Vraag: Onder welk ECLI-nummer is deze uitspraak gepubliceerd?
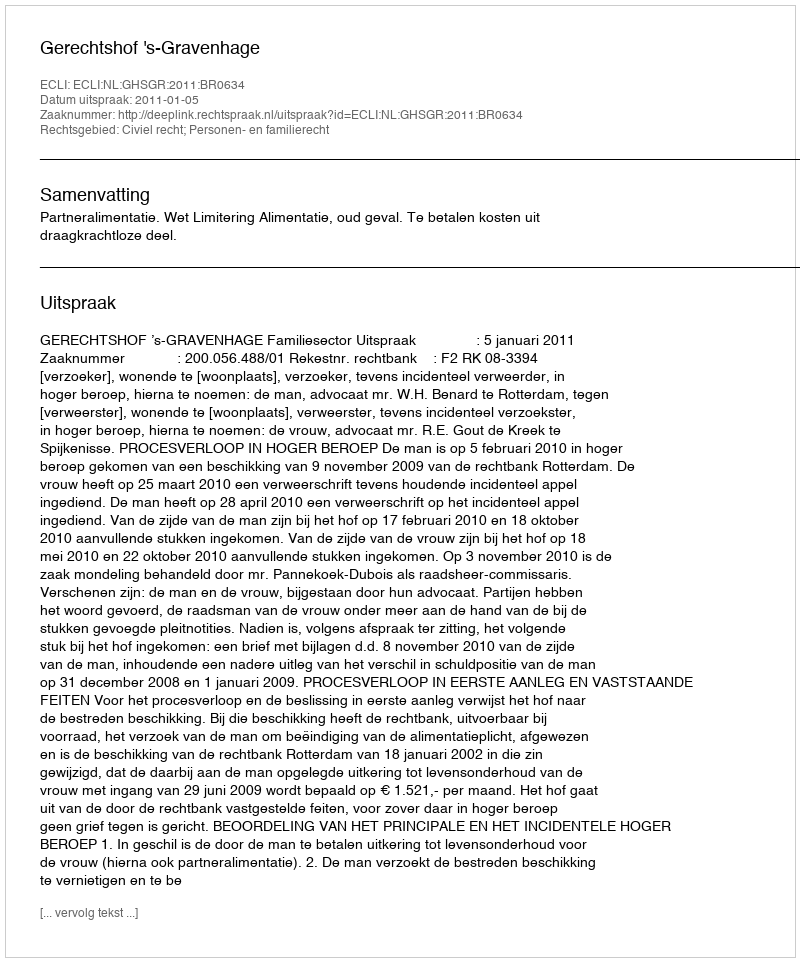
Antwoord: ECLI:NL:GHSGR:2011:BR0634